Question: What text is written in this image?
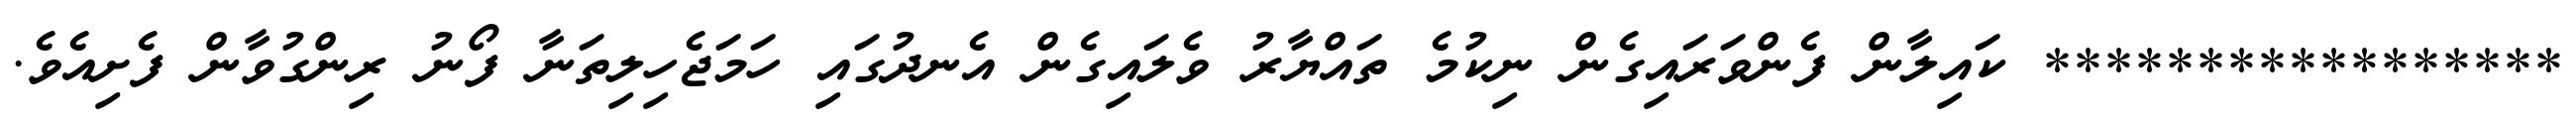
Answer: ***************** ކައިލާން ފެންވަރައިގެން ނިކުމެ ތައްޔާރު ވެލައިގެން އެނދުގައި ހަމަޖެހިލިތަނާ ފޯނު ރިންގުވާން ފެށިއެވެ.